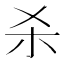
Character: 杀